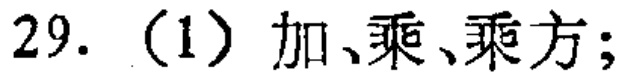
29.（1）加、乘、乘方；